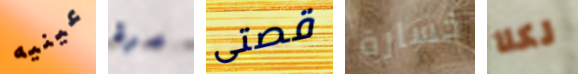
عينيه مرة قصتى خسارة لكلا